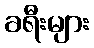
ခရီးများ